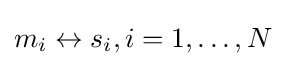
m_{i}\leftrightarrow s_{i},i=1,\dots ,N